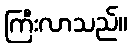
ကြီးလာသည်။